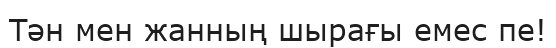
Тән мен жанның шырағы емес пе!